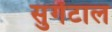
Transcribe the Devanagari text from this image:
सुगेंटाल